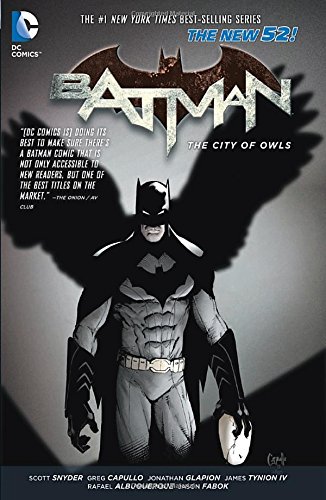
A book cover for Batman Vol. 2: The City of Owls (The New 52); Scott Snyder; Comics & Graphic Novels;